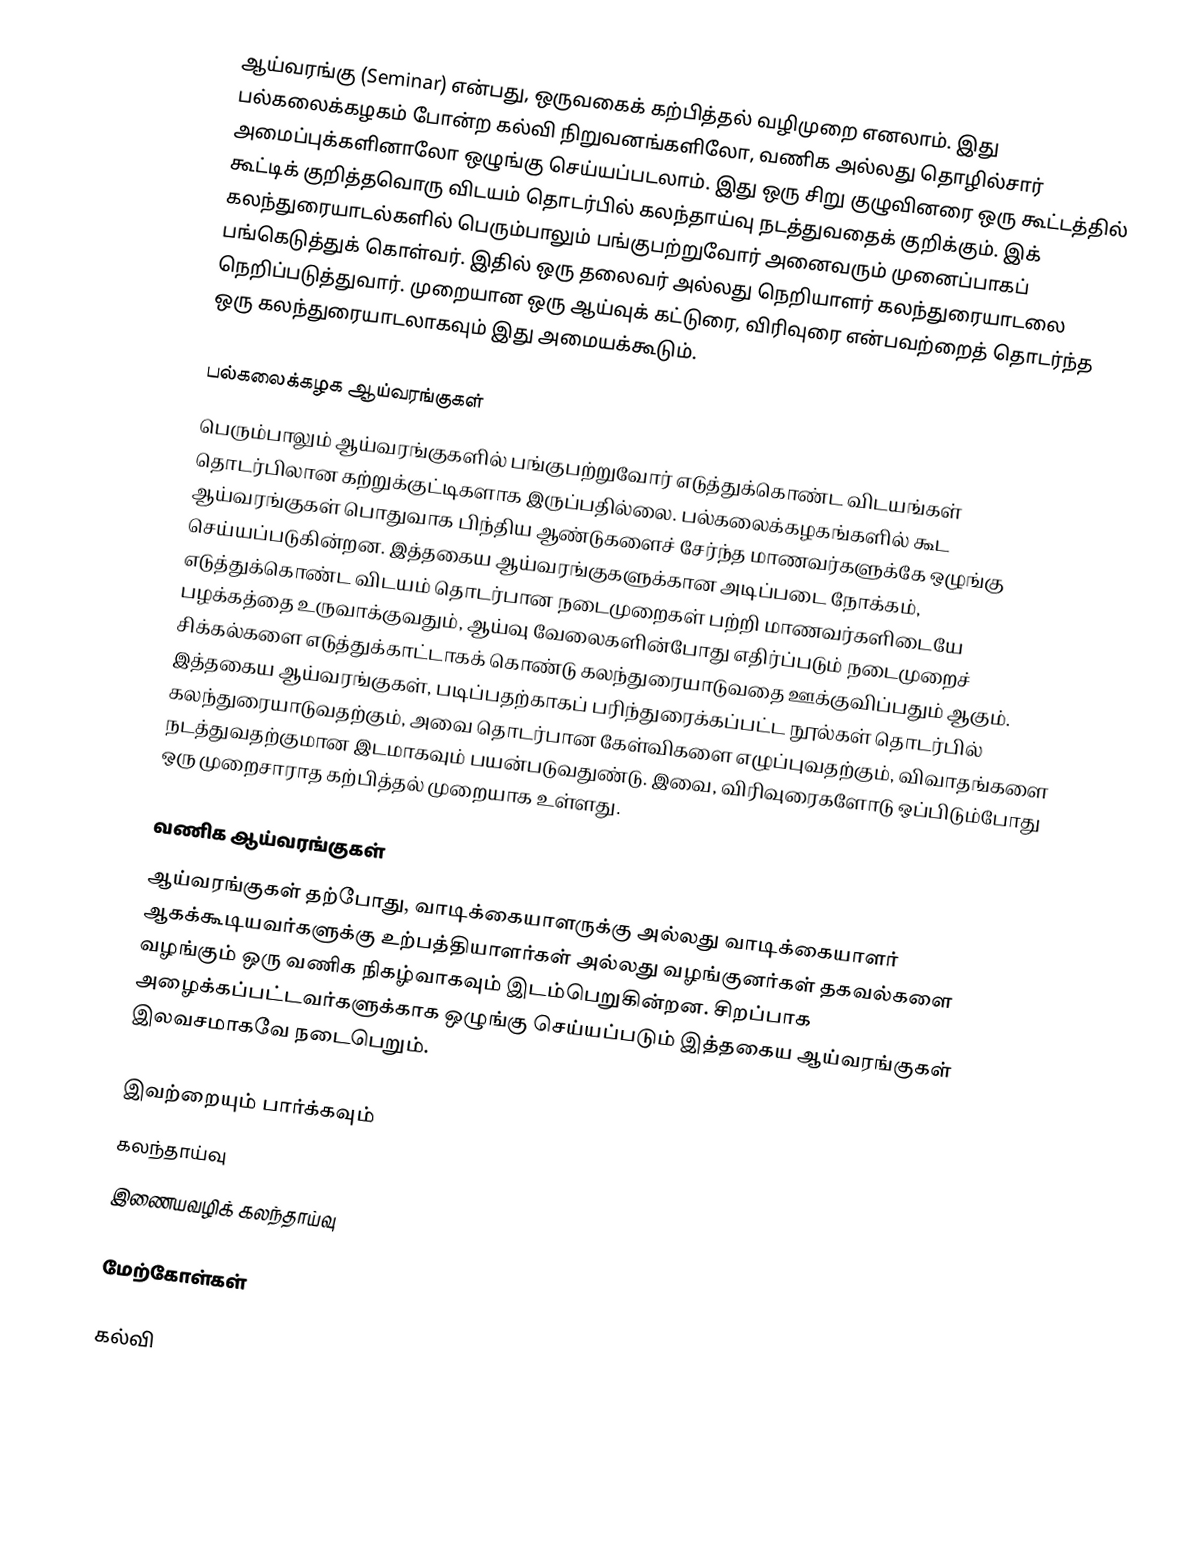
ஆய்வரங்கு (Seminar) என்பது, ஒருவகைக் கற்பித்தல் வழிமுறை எனலாம். இது பல்கலைக்கழகம் போன்ற கல்வி நிறுவனங்களிலோ, வணிக அல்லது தொழில்சார் அமைப்புக்களினாலோ ஒழுங்கு செய்யப்படலாம். இது ஒரு சிறு குழுவினரை ஒரு கூட்டத்தில் கூட்டிக் குறித்தவொரு விடயம் தொடர்பில் கலந்தாய்வு நடத்துவதைக் குறிக்கும். இக் கலந்துரையாடல்களில் பெரும்பாலும் பங்குபற்றுவோர் அனைவரும் முனைப்பாகப் பங்கெடுத்துக் கொள்வர். இதில் ஒரு தலைவர் அல்லது நெறியாளர் கலந்துரையாடலை நெறிப்படுத்துவார். முறையான ஒரு ஆய்வுக் கட்டுரை, விரிவுரை என்பவற்றைத் தொடர்ந்த ஒரு கலந்துரையாடலாகவும் இது அமையக்கூடும்.

பல்கலைக்கழக ஆய்வரங்குகள்
பெரும்பாலும் ஆய்வரங்குகளில் பங்குபற்றுவோர் எடுத்துக்கொண்ட விடயங்கள் தொடர்பிலான கற்றுக்குட்டிகளாக இருப்பதில்லை. பல்கலைக்கழகங்களில் கூட ஆய்வரங்குகள் பொதுவாக பிந்திய ஆண்டுகளைச் சேர்ந்த மாணவர்களுக்கே ஒழுங்கு செய்யப்படுகின்றன. இத்தகைய ஆய்வரங்குகளுக்கான அடிப்படை நோக்கம், எடுத்துக்கொண்ட விடயம் தொடர்பான நடைமுறைகள் பற்றி மாணவர்களிடையே பழக்கத்தை உருவாக்குவதும், ஆய்வு வேலைகளின்போது எதிர்ப்படும் நடைமுறைச் சிக்கல்களை எடுத்துக்காட்டாகக் கொண்டு கலந்துரையாடுவதை ஊக்குவிப்பதும் ஆகும். இத்தகைய ஆய்வரங்குகள், படிப்பதற்காகப் பரிந்துரைக்கப்பட்ட நூல்கள் தொடர்பில் கலந்துரையாடுவதற்கும், அவை தொடர்பான கேள்விகளை எழுப்புவதற்கும், விவாதங்களை நடத்துவதற்குமான இடமாகவும் பயன்படுவதுண்டு. இவை, விரிவுரைகளோடு ஒப்பிடும்போது ஒரு முறைசாராத கற்பித்தல் முறையாக உள்ளது.

வணிக ஆய்வரங்குகள்
ஆய்வரங்குகள் தற்போது, வாடிக்கையாளருக்கு அல்லது வாடிக்கையாளர் ஆகக்கூடியவர்களுக்கு உற்பத்தியாளர்கள் அல்லது வழங்குனர்கள் தகவல்களை வழங்கும் ஒரு  வணிக நிகழ்வாகவும் இடம்பெறுகின்றன. சிறப்பாக அழைக்கப்பட்டவர்களுக்காக ஒழுங்கு செய்யப்படும் இத்தகைய ஆய்வரங்குகள் இலவசமாகவே நடைபெறும்.

இவற்றையும் பார்க்கவும்
 கலந்தாய்வு
 இணையவழிக் கலந்தாய்வு

மேற்கோள்கள்

கல்வி